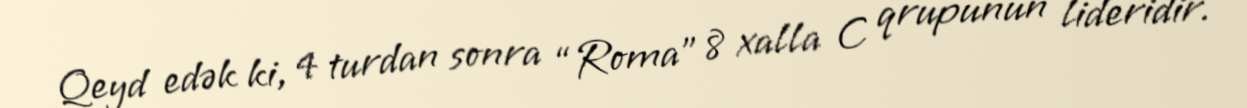
Qeyd edək ki, 4 turdan sonra “Roma” 8 xalla C qrupunun lideridir.